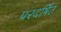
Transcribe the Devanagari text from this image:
प्ररदर्षित